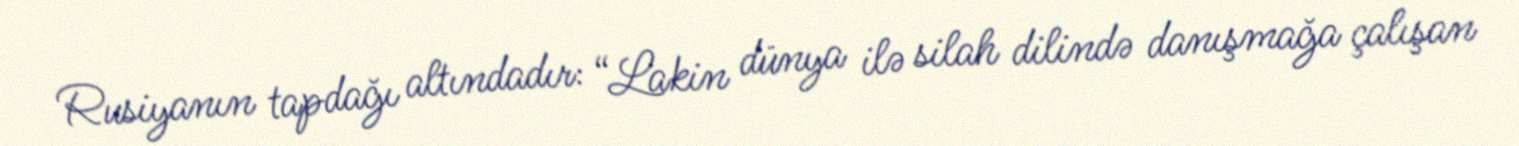
Rusiyanın tapdağı altındadır: “Lakin dünya ilə silah dilində danışmağa çalışan